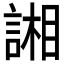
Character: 𮘢